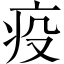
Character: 疫